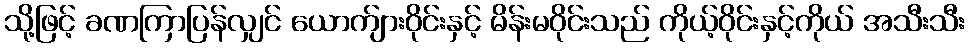
သို့ဖြင့် ခဏကြာပြန်လျှင် ယောက်ျားဝိုင်းနှင့် မိန်းမဝိုင်းသည် ကိုယ့်ဝိုင်းနှင့်ကိုယ် အသီးသီး